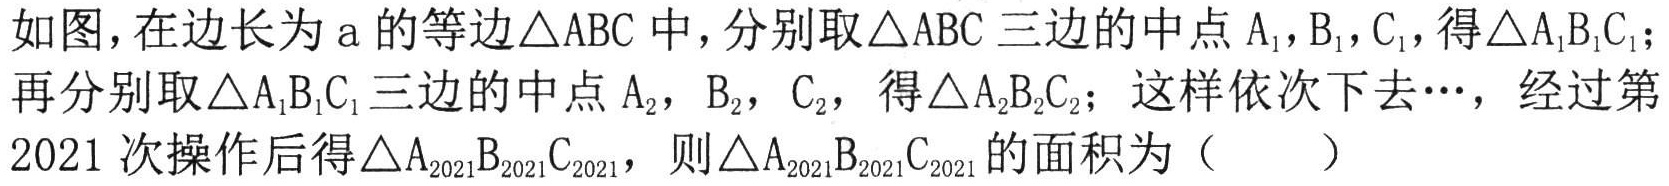
如图，在边长为\(a\)的等边\(\triangle ABC\)中，分别取\(\triangle ABC\)三边的中点\(A_{1}\)，\(B_{1}\)，\(C_{1}\)，得\(\triangle A_{1}B_{1}C_{1}\)；再分别取\(\triangle A_{1}B_{1}C_{1}\)三边的中点\(A_{2}\)，\(B_{2}\)，\(C_{2}\)，得\(\triangle A_{2}B_{2}C_{2}\)；这样依次下去\(\cdots\)，经过第\(2021\)次操作后得\(\triangle A_{2021}B_{2021}C_{2021}\)，则\(\triangle A_{2021}B_{2021}C_{2021}\)的面积为（  ）